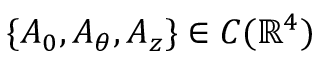
\{ A _ { 0 } , A _ { \theta } , A _ { z } \} \in C ( \mathbb R ^ { 4 } )